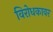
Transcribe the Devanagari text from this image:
विरोधकावर